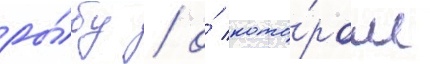
ры́бу / о́ кото́ром